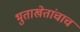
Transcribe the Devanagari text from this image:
भुताखेतांचाच